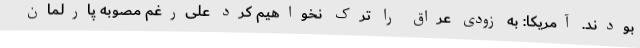
بودند. آمریکا:‌ به زودی عراق را ترک نخواهیم کرد علی‌رغم مصوبه پارلمان